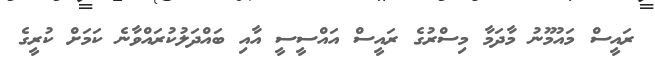
ރައީސް މައުމޫނު މާދަމާ މިސްރުގެ ރައީސް އައްސީސީ އާއި ބައްދަލުކުރައްވާނެ ކަަމަށް ކުރީގެ